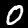
Label: 0